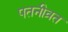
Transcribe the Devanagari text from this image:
पतनीव्रत